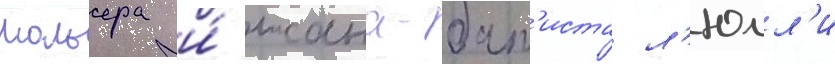
мольера и́ жана-бат'иста л'юлл'и